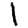
Digit: 1